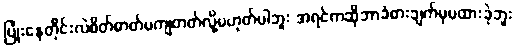
ပြုံးနေတိုင်းလဲစိတ်ဓာတ်မကျတတ်လို့မဟုတ်ပါဘူး အရင်ကဆိုဘာခံစားချက်မှမထားခဲ့ဘူး